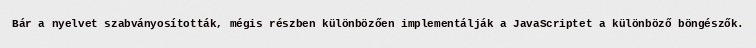
Bár a nyelvet szabványosították, mégis részben különbözően implementálják a JavaScriptet a különböző böngészők.